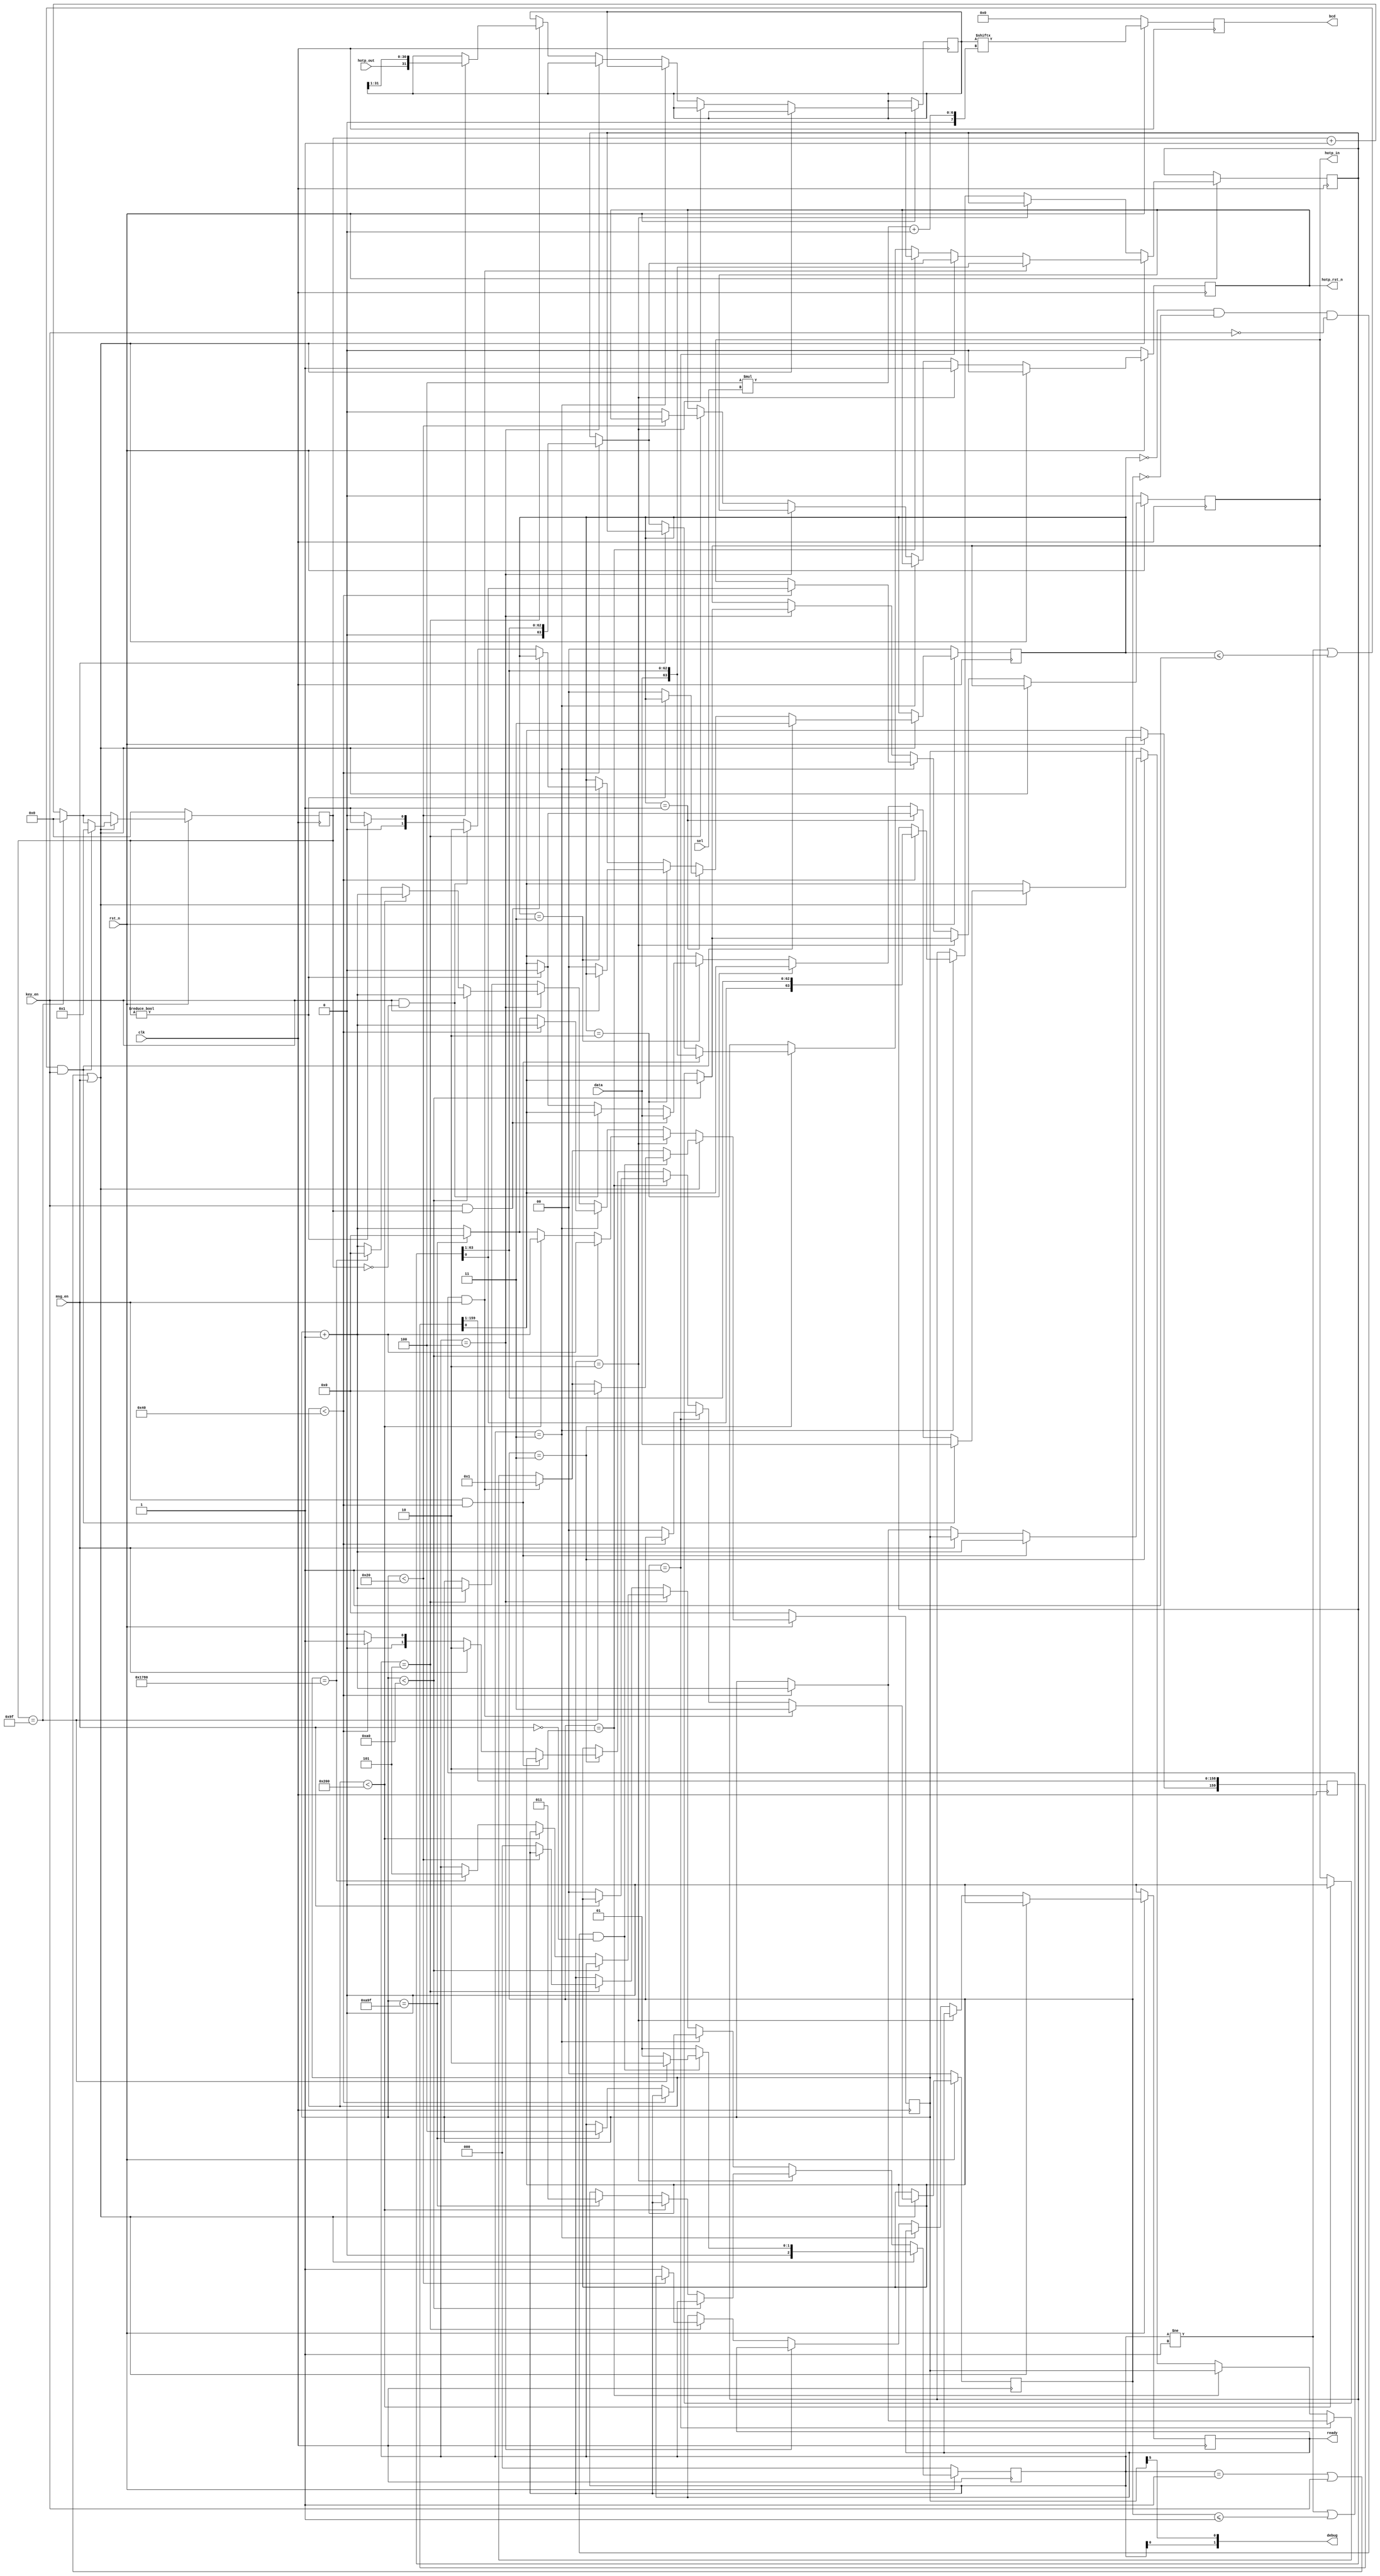
`default_nettype none

module stream (
    input wire clk,
    input wire rst_n,
    input wire data,
    input wire key_en,
    input wire msg_en,
    input wire [2:0] sel,
    input wire hotp_out,
    output reg ready,
    output reg [3:0] bcd,
    output reg hotp_rst_n,
    output reg hotp_in,
    output wire [1:0] debug
);

    // the code assumes
    //   KEY_LEN <= 512, is a multiple of 32 and a divisor of 5440
    //   MSG_LEN <= 64, is a multiple of 32
    // remember to change the length of key_counter
    `define KEY_LEN 160
    `define MSG_LEN 64

    reg [`KEY_LEN-1:0] key_buf;
    reg [`MSG_LEN-1:0] msg_buf;
    reg [31:0] digest;
    reg [2:0] state;
    reg [1:0] key_state;
    reg [1:0] msg_state;
    reg [7:0] key_counter;
    reg [12:0] counter;

    always @(posedge clk) begin
        key_buf <= {key_buf[0], key_buf[`KEY_LEN-1:1]};
        key_counter <= key_counter + 1;
        if (key_counter == `KEY_LEN-1) key_counter <= 0;
        if (!rst_n) begin
            {state, key_state, msg_state, key_counter, counter, ready, bcd, hotp_rst_n, hotp_in} <= 0;
        end else begin
            if (state == 1 || key_en || msg_en) begin
                state <= 1;
                ready <= 0;
                hotp_rst_n <= 0;
                if ((state != 1 || key_state <= 1) && key_en) begin
                    key_state <= 3;
                    key_buf[`KEY_LEN-1] <= data;
                    key_counter <= 1;
                end else if (key_state == 1) begin
                    if (key_counter) begin
                        key_buf[`KEY_LEN-1] <= 1'b0;
                    end else begin
                        key_state <= 0;
                    end
                end else if (key_state == 2) begin
                    if (!key_en) key_state <= 0;
                end else if (key_state == 3) begin
                    if (key_en && key_counter) begin
                        key_buf[`KEY_LEN-1] <= data;
                    end else if (key_en && !key_counter) begin
                        key_state <= 2;
                    end else if (key_counter) begin
                        key_buf[`KEY_LEN-1] <= 1'b0;
                        key_state <= 1;
                    end else begin
                        key_state <= 0;
                    end
                end
                if ((state != 1 || msg_state <= 1) && msg_en) begin
                    msg_state <= 3;
                    msg_buf <= {data, msg_buf[`MSG_LEN-1:1]};
                    counter <= 1;
                end else if (msg_state == 1) begin
                    if (counter < `MSG_LEN) begin
                        msg_buf <= {1'b0, msg_buf[`MSG_LEN-1:1]};
                        counter <= counter + 1;
                    end else begin
                        msg_state <= 0;
                    end
                end else if (msg_state == 2) begin
                    if (!msg_en) msg_state <= 0;
                end else if (msg_state == 3) begin
                    if (msg_en && counter < `MSG_LEN) begin
                        msg_buf <= {data, msg_buf[`MSG_LEN-1:1]};
                        counter <= counter + 1;
                    end else if (msg_en) begin
                        msg_state <= 2;
                    end else if (counter < `MSG_LEN) begin
                        msg_buf <= {1'b0, msg_buf[`MSG_LEN-1:1]};
                        counter <= counter + 1;
                        msg_state <= 1;
                    end else begin
                        msg_state <= 0;
                    end
                end
                if (key_state == 0 && msg_state == 0 && !key_en && !msg_en) begin
                    if (key_counter == `KEY_LEN-1) begin
                        state <= 2;
                        counter <= 0;
                    end
                end
            end else if (state == 2) begin
                hotp_rst_n <= 1;
                counter <= counter + 1;
                if (counter < `KEY_LEN) begin
                    hotp_in <= key_buf[0];
                end else if (counter < 512) begin
                    hotp_in <= 1'b0;
                end else if (counter == 2719) begin
                    state <= 3;
                    counter <= 0;
                end
            end else if (state == 3) begin
                counter <= counter + 1;
                if (counter < `MSG_LEN) begin
                    msg_buf <= {msg_buf[0], msg_buf[`MSG_LEN-1:1]};
                    hotp_in <= msg_buf[0];
                end else if (counter < 64) begin
                    hotp_in <= 1'b0;
                end else if (counter == 2719) begin
                    state <= 4;
                    counter <= 0;
                end
            end else if (state == 4) begin
                counter <= counter + 1;
                if (counter < `KEY_LEN) begin
                    hotp_in <= key_buf[0];
                end else if (counter < 512) begin
                    hotp_in <= 1'b0;
                end else if (counter == 6016) begin
                    state <= 5;
                    counter <= 0;
                end
            end else if (state == 5) begin
                counter <= counter + 1;
                if (counter < 32) begin
                    digest <= {hotp_out, digest[31:1]};
                end else begin
                    state <= 0;
                    ready <= 1;
                    hotp_rst_n <= 0;
                end              
            end
            bcd <= digest[4*sel +: 4];
        end
    end

    assign debug = {state[0], counter[5]};

endmodule